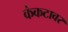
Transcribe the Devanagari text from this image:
कंकटावर